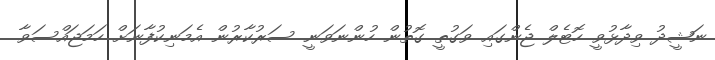
ނަޝީދު ވިދާޅުވީ ހޮޓެލް ޖެންގައި ވަގުތީ ގޮތުން ހުންނަވަނީ ސަރުކާރުން އެމަނިކުފާނަށް ހަމަޖައްސަވާ